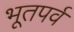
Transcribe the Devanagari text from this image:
भूतपर्व